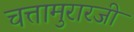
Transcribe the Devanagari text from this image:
चत्तामुरारजी